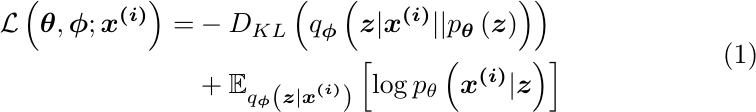
        \begin{equation}
        \begin{aligned}
            \mathcal{L} \left(\boldsymbol\theta, \boldsymbol\phi; \boldsymbol{x^{(i)}} \right) =& -D_{KL} \left( q_{\boldsymbol\phi} \left( \boldsymbol{z}|\boldsymbol{x^{(i)}} || p_{\boldsymbol\theta} \left( \boldsymbol{z} \right)\right) \right)\\
            & + \mathbb{E}_{q_{\boldsymbol\phi} \left( \boldsymbol{z}|\boldsymbol{x^{(i)}} \right)} \left[ \log{p_\theta \left( \boldsymbol{x^{(i)}} | \boldsymbol{z} \right)} \right]
        \end{aligned}
        \label{eq:1}
        \end{equation}